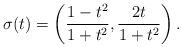
LaTeX: \begin{align*}\sigma(t) = \left(\frac{1 - t^2}{1 + t^2}, \frac{2t}{1 + t^2}\right).\end{align*}